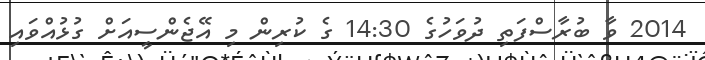
2014 ވާ ބުރާސްފަތި ދުވަހުގެ 14:30 ގެ ކުރިން މި އޭޖެންސީއަށް ގުޅުއްވައި